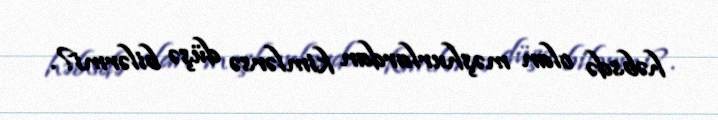
həbsdə olan məşhurlardan kimlərsə düşə bilərmi?.